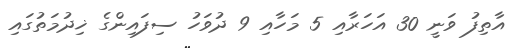
އާތިފު ވަނީ 30 އަހަރާއި 5 މަހާއި 9 ދުވަހު ސިފައިންގެ ޚިދުމަތުގައި